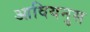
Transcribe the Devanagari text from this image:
आवियनुस